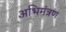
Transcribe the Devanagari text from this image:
अभिमंत्रण